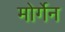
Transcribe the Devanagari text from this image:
मोर्गेन